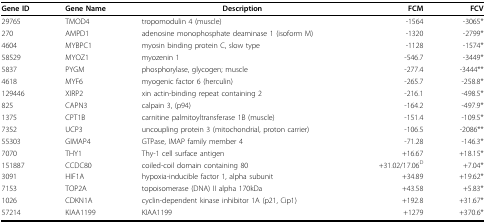
<table><thead><tr><td><b>Gene ID</b></td><td><b>Gene Name</b></td><td><b>Description</b></td><td><b>FCM</b></td><td><b>FCV</b></td></tr></thead><tbody><tr><td>29765</td><td>TMOD4</td><td>tropomodulin 4 (muscle)</td><td>-1564</td><td>-3065*</td></tr><tr><td>270</td><td>AMPD1</td><td>adenosine monophosphate deaminase 1 (isoform M)</td><td>-1320</td><td>-2799*</td></tr><tr><td>4604</td><td>MYBPC1</td><td>myosin binding protein C, slow type</td><td>-1128</td><td>-1574*</td></tr><tr><td>58529</td><td>MYOZ1</td><td>myozenin 1</td><td>-546.7</td><td>-3449*</td></tr><tr><td>5837</td><td>PYGM</td><td>phosphorylase, glycogen; muscle</td><td>-277.4</td><td>-3444**</td></tr><tr><td>4618</td><td>MYF6</td><td>myogenic factor 6 (herculin)</td><td>-265.7</td><td>-258.8*</td></tr><tr><td>129446</td><td>XIRP2</td><td>xin actin-binding repeat containing 2</td><td>-216.1</td><td>-498.5*</td></tr><tr><td>825</td><td>CAPN3</td><td>calpain 3, (p94)</td><td>-164.2</td><td>-497.9*</td></tr><tr><td>1375</td><td>CPT1B</td><td>carnitine palmitoyltransferase 1B (muscle)</td><td>-151.4</td><td>-109.5*</td></tr><tr><td>7352</td><td>UCP3</td><td>uncoupling protein 3 (mitochondrial, proton carrier)</td><td>-106.5</td><td>-2086**</td></tr><tr><td>55303</td><td>GIMAP4</td><td>GTPase, IMAP family member 4</td><td>-71.28</td><td>-146.3*</td></tr><tr><td>7070</td><td>THY1</td><td>Thy-1 cell surface antigen</td><td>+16.67</td><td>+18.15*</td></tr><tr><td>151887</td><td>CCDC80</td><td>coiled-coil domain containing 80</td><td>+31.02/17.06<sup>D</sup></td><td>+7.04*</td></tr><tr><td>3091</td><td>HIF1A</td><td>hypoxia-inducible factor 1, alpha subunit</td><td>+34.89</td><td>+19.62*</td></tr><tr><td>7153</td><td>TOP2A</td><td>topoisomerase (DNA) II alpha 170kDa</td><td>+43.58</td><td>+5.83*</td></tr><tr><td>1026</td><td>CDKN1A</td><td>cyclin-dependent kinase inhibitor 1A (p21, Cip1)</td><td>+192.8</td><td>+31.67*</td></tr><tr><td>57214</td><td>KIAA1199</td><td>KIAA1199</td><td>+1279</td><td>+370.6*</td></tr></tbody></table>